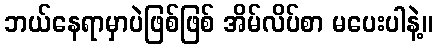
ဘယ်နေရာမှာပဲဖြစ်ဖြစ် အိမ်လိပ်စာ မပေးပါနဲ့။